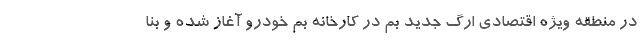
در منطقه ویژه اقتصادی ارگ جدید بم در کارخانه بم خودرو آغاز شده و بنا